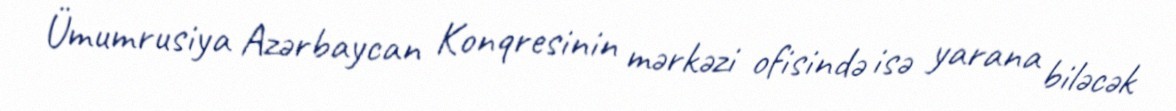
Ümumrusiya Azərbaycan Konqresinin mərkəzi ofisində isə yarana biləcək